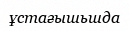
ұстағышьшда